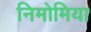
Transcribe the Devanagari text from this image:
निमोमिया